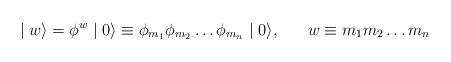
LaTeX: \begin{align*}\mid w \rangle = \phi^{w} \mid 0 \rangle \equiv \phi_{m_{1}} \phi_{m_{2}}\ldots \phi_{m_{n}} \mid 0 \rangle,\;\;\;\;\;\; w \equiv m_{1}m_{2} \ldots m_{n}\end{align*}